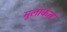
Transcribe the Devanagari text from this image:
मुलाकत